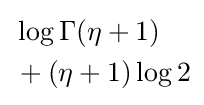
{\begin{aligned}&\log \Gamma (\eta +1)\\&+(\eta +1)\log 2\end{aligned}}